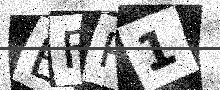
Text: BFP1